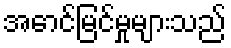
အောင်မြင်မှုများသည်